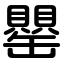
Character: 罌